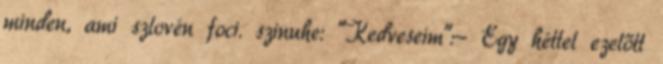
minden, ami szlovén foci. szinuhe: "Kedveseim":- Egy héttel ezelőtt